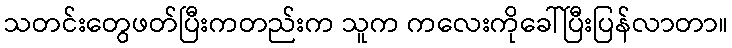
သတင်းတွေဖတ်ပြီးကတည်းက သူက ကလေးကိုခေါ်ပြီးပြန်လာတာ။